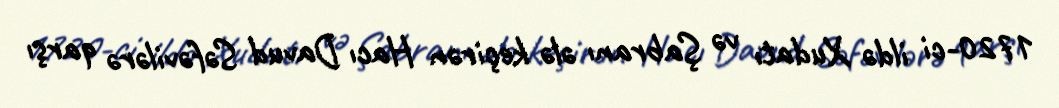
1720-ci ildə Xudatı və Şabranı ələ keçirən Hacı Davud Səfəvilərə qarşı